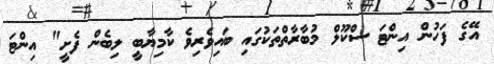
އޭގެ ފަހުން އިންޓަ ސްކޫލް މުބާރާތްތަކުގައި ބައިވެރިވެ ކާމިޔާބީ ލިބެން ފެށީ" އިންޓަ